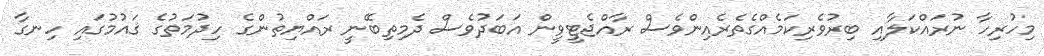
މިހުރިހާ ނުރައްކަލާއި ބިރުވެރިކަމެއްގެތެރެއިންވެސް ރާއްޖެޓީވީން އަބަދުވެސް ދެމިތިބޭނީ ރައްޔިތުންގެ ހިދުމަތުގެ ޤައުމުގައި ހިނގާ